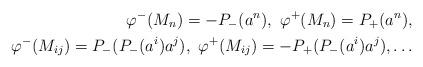
LaTeX: \begin{align*}\varphi^-(M_n)=-P_-(a^n),\ \varphi^+(M_n)=P_+(a^n),\\\varphi^-(M_{ij})=P_-(P_-(a^i)a^j),\ \varphi^+(M_{ij})=-P_+(P_-(a^i)a^j),\ldots\end{align*}